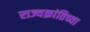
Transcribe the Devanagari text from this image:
राज्यक्रांतिच्या